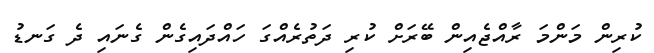
ކުރިން މަންމަ ރާއްޖެއިން ބޭރަށް ކުރި ދަތުރެއްގަ ހައްދައިގެން ގެނައި ދެ ގަނޑު